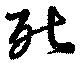
死